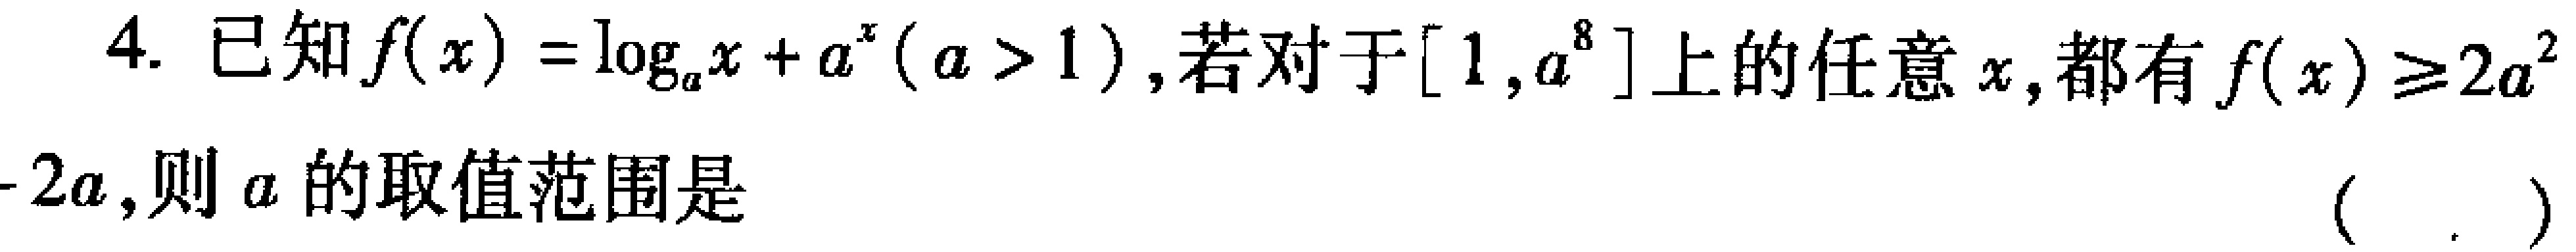
已知\(f(x)=\log_{a}x + a^{x}(a > 1)\)，若对于\([1,a^{8}]\)上的任意\(x\)，都有\(f(x)\geqslant2a^{2}-2a\)，则\(a\)的取值范围是\((\quad,\quad)\)